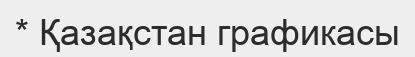
* Қазақстан графикасы